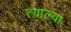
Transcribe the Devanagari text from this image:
त्याल्या